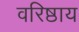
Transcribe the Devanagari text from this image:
वरिष्ठाय